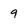
Character: 9